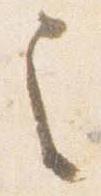
之